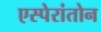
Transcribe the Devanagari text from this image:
एस्पेरांतोन